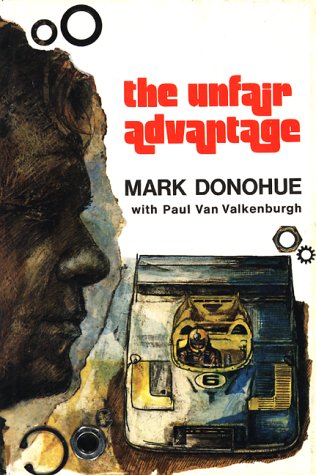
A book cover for The Unfair Advantage; Mark Donohue; Sports & Outdoors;